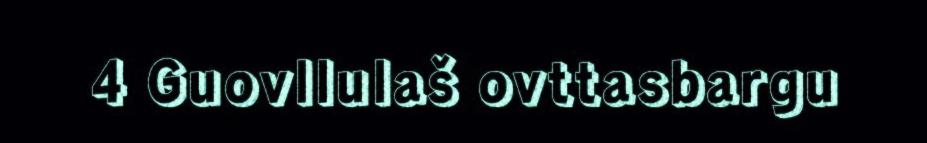
4 Guovllulaš ovttasbargu